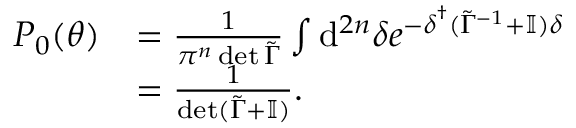
\begin{array} { r l } { P _ { 0 } ( \boldsymbol { \theta } ) } & { = \frac { 1 } { \pi ^ { n } \det \tilde { \Gamma } } \int \mathrm { d } ^ { 2 n } { \delta } e ^ { - \boldsymbol { \delta } ^ { \dagger } ( \tilde { \Gamma } ^ { - 1 } + \mathbb { I } ) \boldsymbol { \delta } } } \\ & { = \frac { 1 } { \det ( \tilde { \Gamma } + \mathbb { I } ) } . } \end{array}